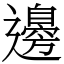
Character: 邊